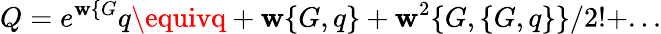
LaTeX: Q=e^{\mathbf{w}\{ G}q\equivq+\mathbf{w}\{ G,q\} +\mathbf{w}^{2}\{ G,\{ G,q\} \} /2!+...